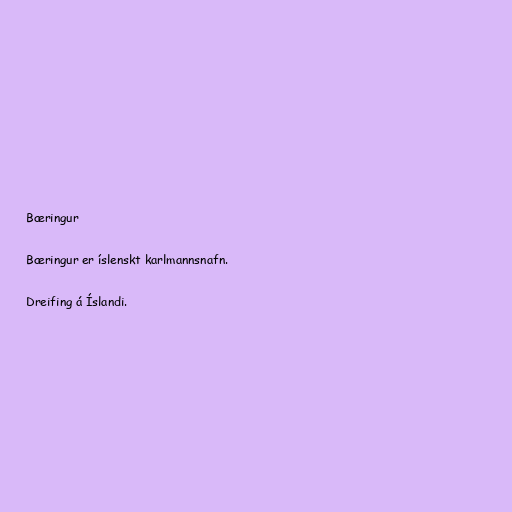
Bæringur

Bæringur er íslenskt karlmannsnafn.

Dreifing á Íslandi.